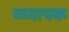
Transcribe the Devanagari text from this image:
व्य्यापक